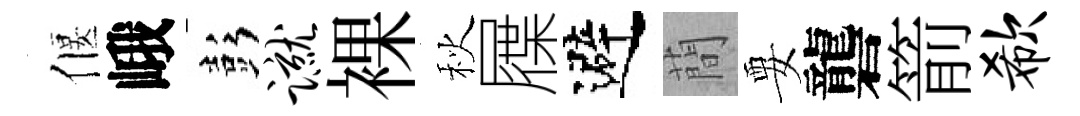
偃峨彭蹴裸秋屧避蕳要礱箭欷